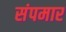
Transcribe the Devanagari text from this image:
संपमार